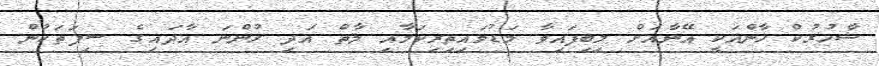
ޝާހުރުކް ހާންއަކީ އޭނާއަށް ލިބިފައިވާ މަޑުމައިތިރިކަމާއި މާތް އަދި ހުންނަ އާދައިގެ ސިފަތަކުން